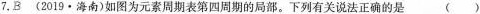
7.B(2019·海南)如图为元素周期表第四周期的局部。下列有关说法正确的是 ()